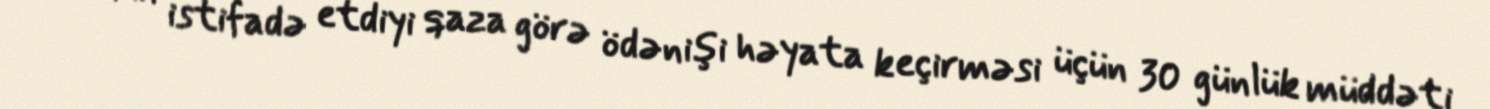
onun istifadə etdiyi qaza görə ödənişi həyata keçirməsi üçün 30 günlük müddəti